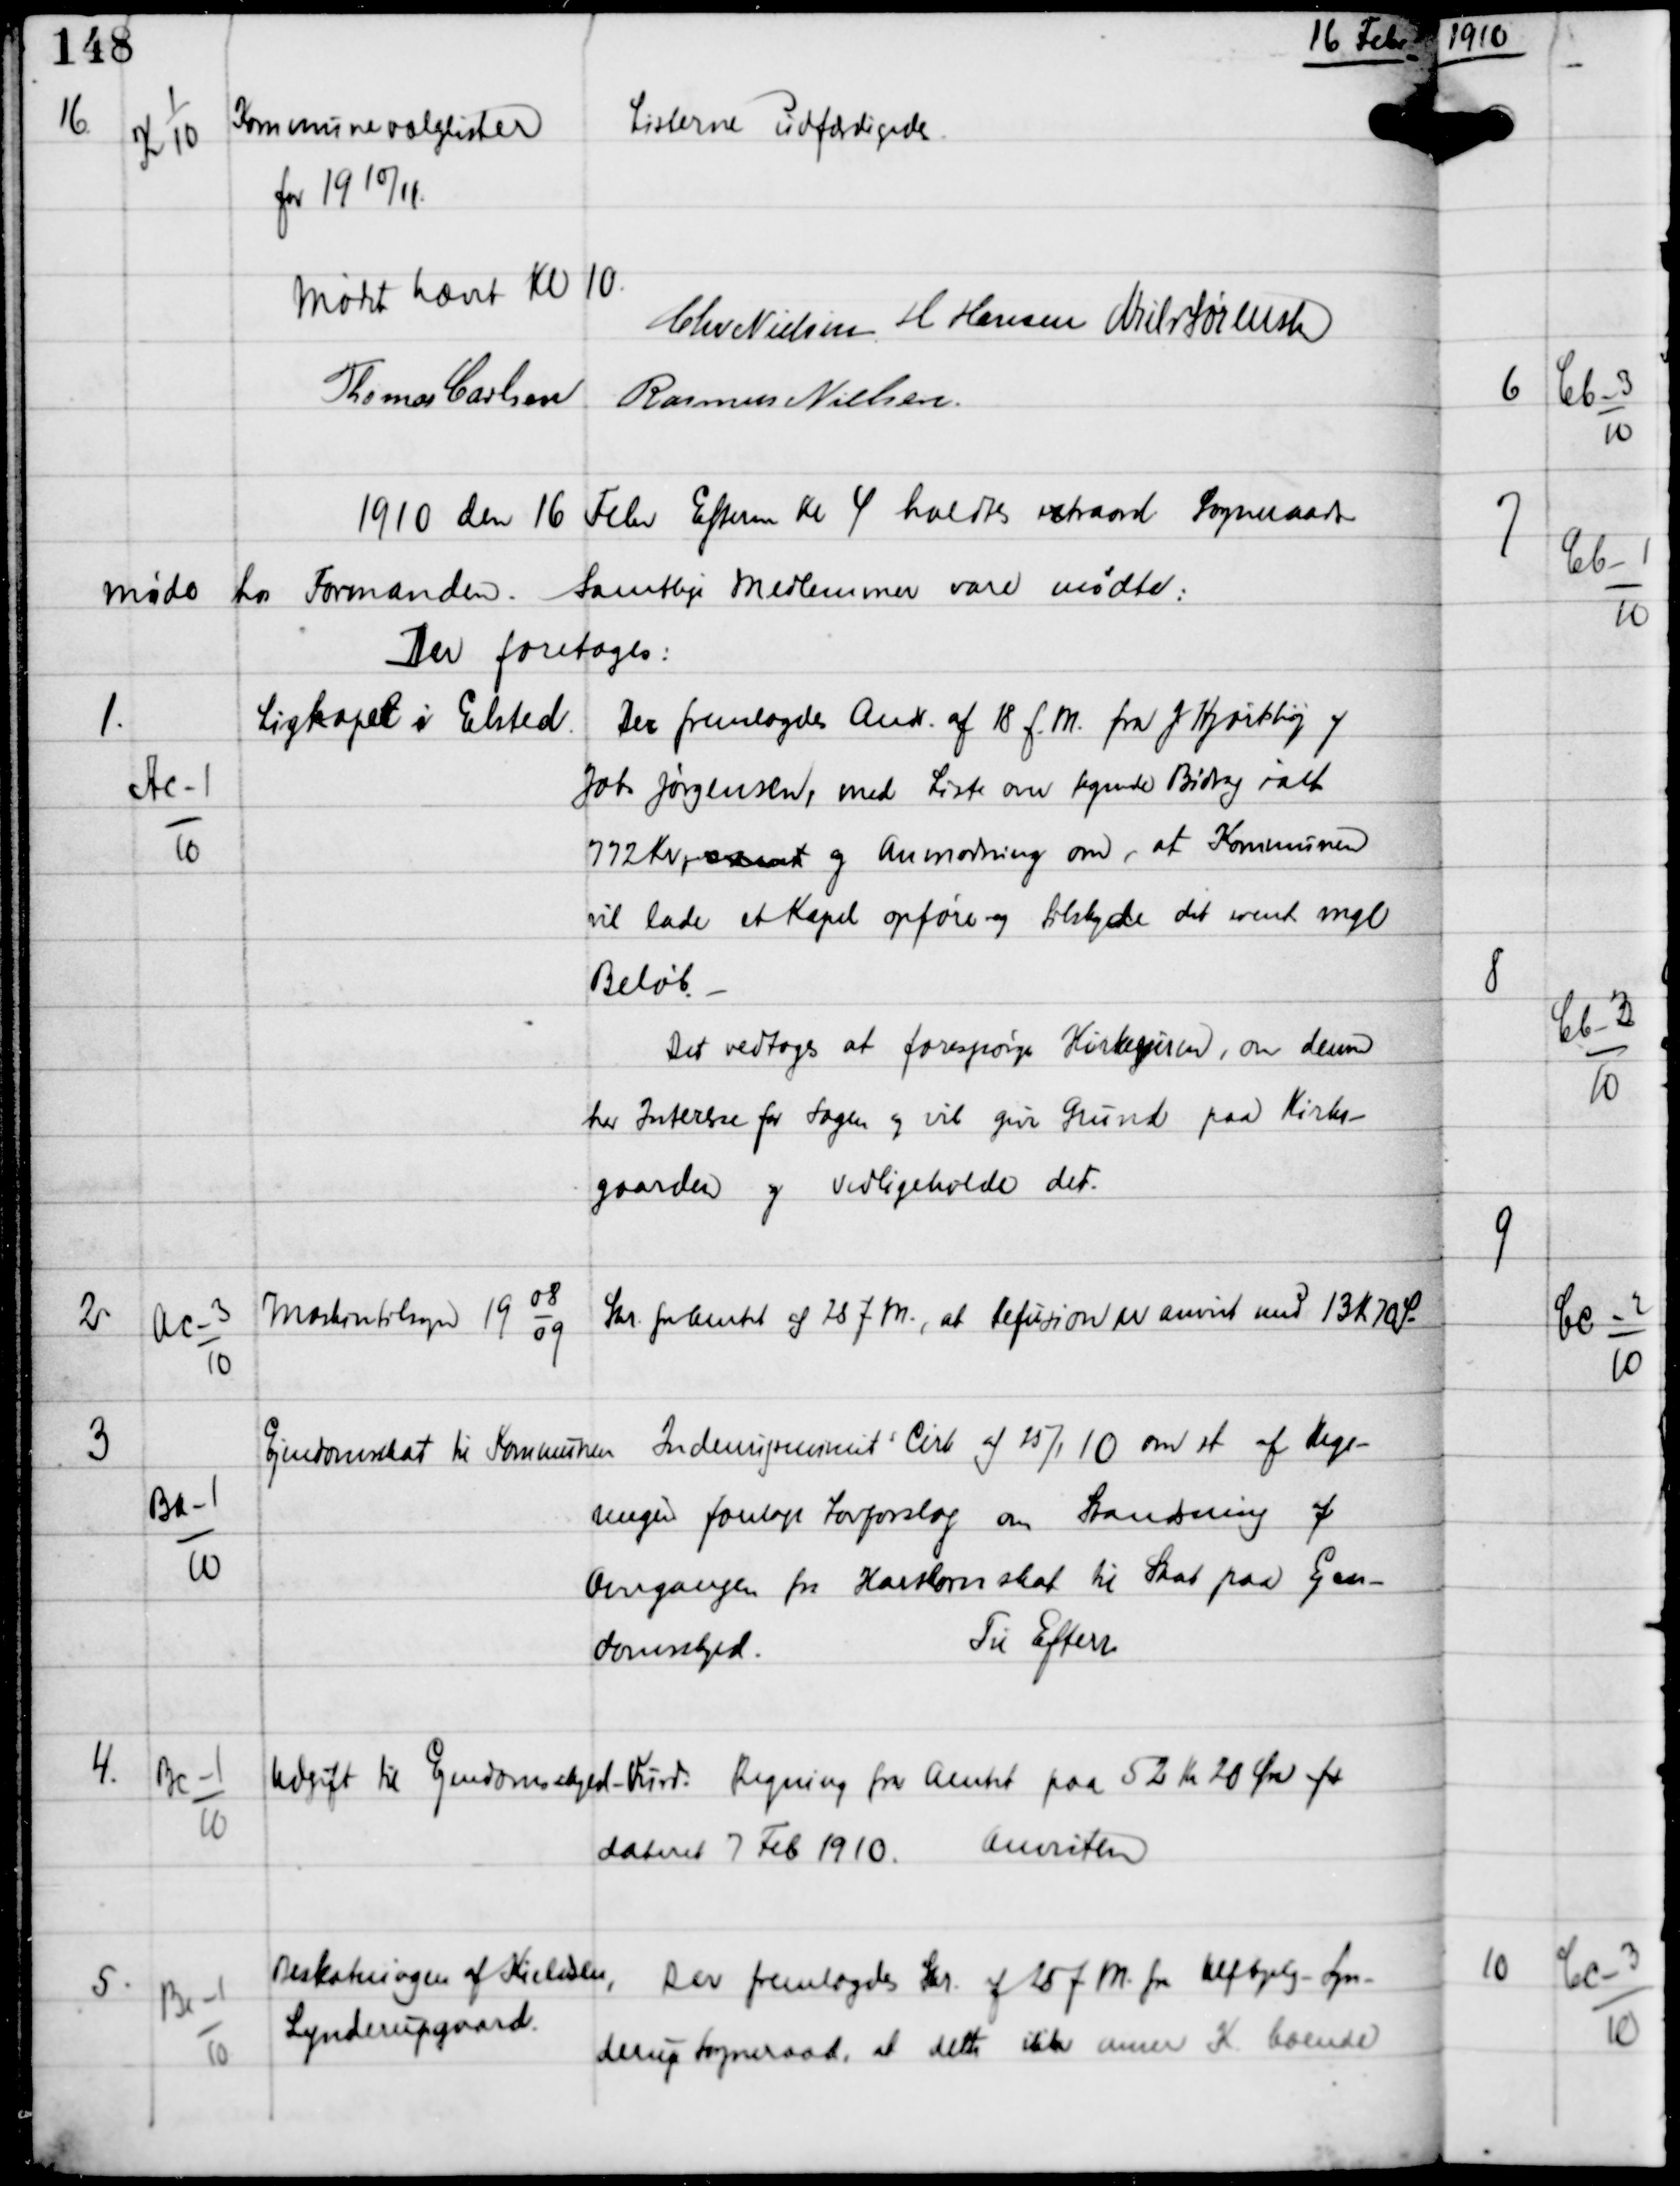
Transskription:
16 Febr

16

K 1
10

Kommunevalglister
for 19 10/11.

Listerne Udfærdigedes

Mødet hævet Kl 10
Chr Nielsen H Hansen Niels Sørensen
Thomas Carlsen
Rasmus Nielsen

1910 den 16 Febr Efterm Kl 4 holdtes extraord Sogneraads-
møde hos Formanden. Samlige Medlemmer vare mødte.
Der foretoges:

1.

Ac-1
10

Ligkapel i Elsted

Der fremlagdes Andr af 18 f.M fra J Hjortshøj og
Johs Jørgensen med Liste over tegnede Bidrag ialt
772 Kr, samt og Anmodning om, at Kommunen
vil lade et Kapel opføre og tilskyde det event mgl
Beløb.
Det vedtoges at forespørge Kirkeejeren, om denne
har Interesse for Sagen og vil give Grund paa Kirke-
gaarden og vedligeholde det.

2

Ac-3
10

Maskintilsyn 19
08
09

Skr fra Amtet af 28 f.M., at Refusion er anvist med 13 Kr 70 Ø.

3

Ba-1
10

Ejendomsskat til Kommunen

Indenrigsminst s Cirk af 25/1 10 om et af Rege-
ringen forelagte Lovforslag om Standsning af
overgangen fra Hartkornskat til Skat paa Ejen-
domsskyld.
Til Efterr

4.

Bc-1
10

Udgift til Ejendomsskyld-Vurd. Regning fra Amtet paa 52 Kr 20 Øre for
dateret 7 Feb 1910.
Anvistes

5.

Be-1
10

Beskatning af Kieldsen
Synderupgaard

Der fremlagdes Skr af 25 f.M fra Ulfbjerg-Syn-
derup Sogneraad, at dette ikke anser K. boende